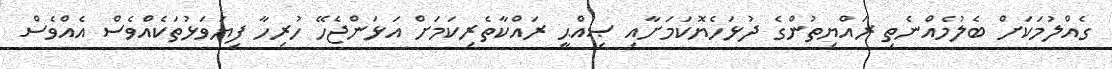
ގެއްލުމަކަށް ބެލުމެއްނެތި ރައްޔިތުންގެ ދުޅަހެޔޮކަމަށާއި ޞިއްޙީ ރައްކާތެރިކަމަށް އަޅަންޖެހޭ ހުރިހާ ފިޔަވަޅުތަކެއްވެސް އެއްވެސް